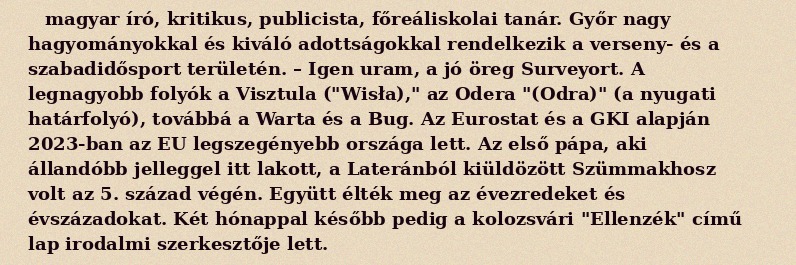
magyar író, kritikus, publicista, főreáliskolai tanár. Győr nagy hagyományokkal és kiváló adottságokkal rendelkezik a verseny- és a szabadidősport területén. – Igen uram, a jó öreg Surveyort. A legnagyobb folyók a Visztula ("Wisła)," az Odera "(Odra)" (a nyugati határfolyó), továbbá a Warta és a Bug. Az Eurostat és a GKI alapján 2023-ban az EU legszegényebb országa lett. Az első pápa, aki állandóbb jelleggel itt lakott, a Lateránból kiüldözött Szümmakhosz volt az 5. század végén. Együtt élték meg az évezredeket és évszázadokat. Két hónappal később pedig a kolozsvári "Ellenzék" című lap irodalmi szerkesztője lett.